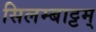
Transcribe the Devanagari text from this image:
सिलम्बाट्टम्